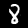
Digit: 8